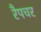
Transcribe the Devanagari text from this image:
रैपचर